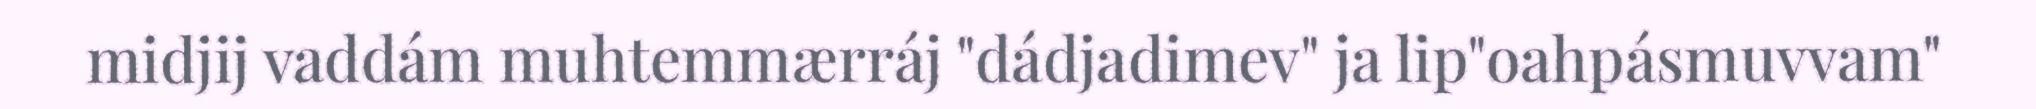
midjij vaddám muhtemmærráj "dádjadimev" ja lip"oahpásmuvvam"